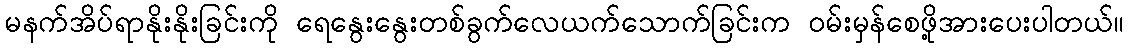
မနက်အိပ်ရာနိုးနိုးခြင်းကို ရေနွေးနွေးတစ်ခွက်လေယက်သောက်ခြင်းက ဝမ်းမှန်စေဖို့အားပေးပါတယ်။